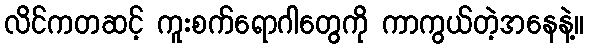
လိင်ကတဆင့် ကူးစက်ရောဂါတွေကို ကာကွယ်တဲ့အနေနဲ့။